Report of the Indian Hemp Drugs Commission, 1894-1895 - Volume VI
Year: 1894
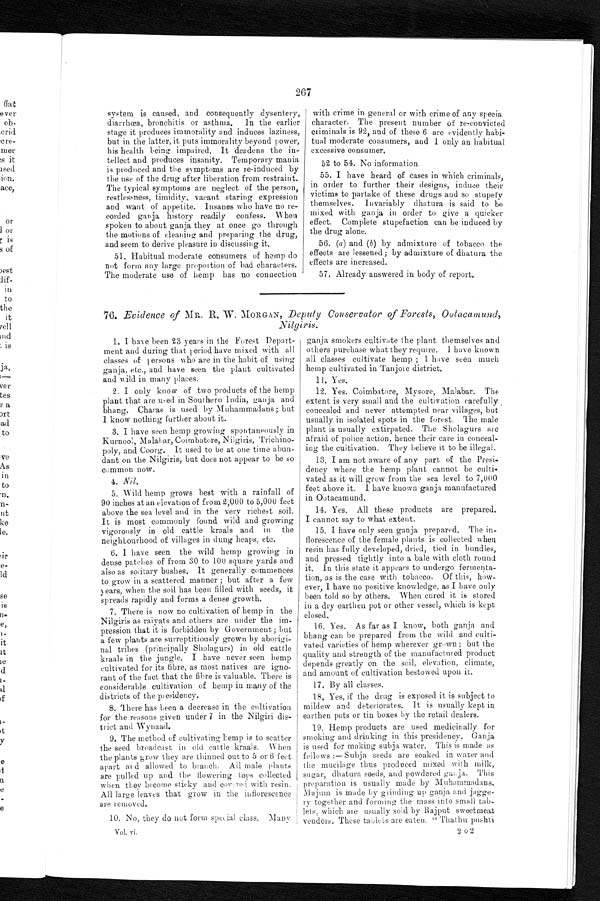
267
system is caused, and consequently dysentery,
diarrhoea, bronchitis or asthma. In the earlier
stage it produces immorality and induces laziness,
but in the latter, it puts immorality beyond power,
his health being impaired. It deadens the in-
tellect and produces insanity. Temporary mania
is produced and the sy mptoms are re-induced by
the use of the drug after liberation from restraint.
The typical symptoms are neglect of the person,
restlessness, timidity, vacant staring expression
and want of appetite. Insanes who have no re-
corded ganja history readily confess. When
spoken to about ganja they at once go through
the motions of cleaning and preparing the drug,
and seem to derive pleasure in discussing it.
51. Habitual moderate consumers of hemp do
not form any large proportion of bad characters.
The moderate use of hemp has no connection
with crime in general or with crime of any specia
character. The present number of re-convicted
criminals is 92, and of these 6 are evidently habi-
tual moderate consumers, and 1 only an habitual
excessive consumer.
52 to 54. No information.
55. I have heard of cases in which criminals,
in order to further their designs, induce their
victims to partake of these drugs and so stupefy
themselves. Invariably dhatura is said to be
mixed with ganja in order to give a quicker
effect. Complete stupefaction can be induced by
the drug alone.
56. (a) and (b) by admixture of tobacco the
effects are lessened; by admixture of dhatura the
effects are increased.
57. Already answered in body of report.
76. Evidence of MR. R. W. MORGAN, Deputy Conservator of Forests, Ootacamund,
Nilgiris.
1. I have been 23 years in the Forest Depart-
ment and during that period have mixed with all
classes of persons who are in the habit of using
ganja, etc., and have seen the plant cultivated
and wild in many places.
2. I only know of two products of the hemp
plant that are used in Southern India, ganja and
bhang. Charas is used by Muhammadans; but
1 know nothing further about it.
3. I have seen hemp growing spontaneously in
Kurnool, Malahar, Coimbatore, Nilgiris, Trichino-
poly, and Coorg. It used to be at one time abun-
dant on the Nilgiris, but does not appear to be so
common now.
4 .
N i l .
5. Wild hemp grows best with a rainfall of
90 inches at an elevation of from 2,000 to 5,000 feet
above the sea level and in the very richest soil.
It is most commonly found wild and growing
vigorously in old cattle kraals and in the
n e i g h b o u r
h o o d o f v i l l a g e s i n d
u n g h e a p s , e t c .
6. I have seen the wild hemp growing in
dense patches of from 30 to 100 square yards and
also as solitary bushes. It generally commences
to grow in a scattered manner ; but after a. few
y e a r s , w h e n t h e s o i l h a s b e e n f i l l e d w i t h s e e d s , i t
spreads rapidly and forms a dense growth.
7. There is now no cultivation of hemp in
the Nilgiris as raiyats and others are under the im-
pression that it is forbidden by Government; but
a few plants are surreptitiously grown by aborigi-
nal tribes (principally Sholagurs) in old cattle
kraals in the jungle. I have never seen hemp
cultivated for its fibre, as most natives are igno-
rant of the fact that the fibre is valuable. There is
considerable cultivation of hemp in many of the
districts of the presidency.
8. There has been a decrease in the cultivation
for the reasons given under 7 in the Nilgiri dis-
trict and Wynaad.
9. The method of cultivating Lemp is to scatter
the seed broadcast in old cattle kraals. When
the plants grow they are thinned out to 5 or 6 feet
apart aid allowed to branch. All male plants
are pulled up and the flowering tops collected
when they become sticky and covered with resin.
All large leaves that grow in the inflorescence
are removed.
10. No, they do not form special class. Many
vol. vi.
ganja smokers cultivate the plant themselves and
others purchase what they require. 1 have known
all classes cultivate hemp ; I have seen much
hemp cultivated in Tanjore district.
11. Yes.
12. Yes. Coimbatore, Mysore, Malabar. The
extent is very small and the cultivation carefully
concealed and never attempted near villages, but
usually in isolated spots in the forest. The male
plant is usually extirpated. The Sholagurs are
afraid of police action, hence their care in conceal-
ing the cultivation. They believe it to be illegal.
13. I am not aware of any part of the Presi-
dency where the hemp plant cannot be culti-
vated as it will grow from the sea level to 7,000
feet above it. I have known ganja manufactured
in Ootacamund.
14. Yes. All these products are prepared.
I cannot say to what extent.
1 5 . I h a v e o n l y s e e n g a n j a p r e p a r e d . T h e i n -
f l o r e s c e n s e o f t h e f e m a l e p l a n t s i s c o l l e c t e d w h e n
resin has fully developed, dried, tied in bundles,
and pressed tightly into a bale with cloth round
it. In this state it appears to undergo fermenta-
tion, as is the case with tobacco. Of this, how-
ever, I have no positive knowledge, as I have only
been told so by others. When cured it is stored
in a dry earthen pot or other vessel, which is kept
closed.
16. Yes. As far as I know, both ganja and
bhang can be prepared from the wild and culti-
vated varieties of hemp wherever grown; but the
quality and strength of the manufactured product
depends greatly on the soil, elevation, climate,
and amount of cultivation bestowed upon it.
17. . By al l cl asses.
18. Yes, if the drug is exposed it is subject to
mildew and deteriorates. It is usually kept in
earthen pots or tin boxes by the retail dealers,
19. Hemp products are used medicinally for
smoking and drinking in this presidency. Ganja
is used for making subja water. This is made as
follows :—Subja seeds are soaked in water and
the mucilage thus produced mixed with milk,
sugar, dhatura seeds, and powdered ganja. This
preparation is usually made by Muhammadans.
Majum is made by grinding up ganja and jagge-
ry together and forming the mass into small tab-
lets, which are usually sold by Rajput sweetmeat
vendors. These tablets are eaten, "Thathu pushti
202